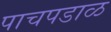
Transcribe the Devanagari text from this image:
पाचपडाळ